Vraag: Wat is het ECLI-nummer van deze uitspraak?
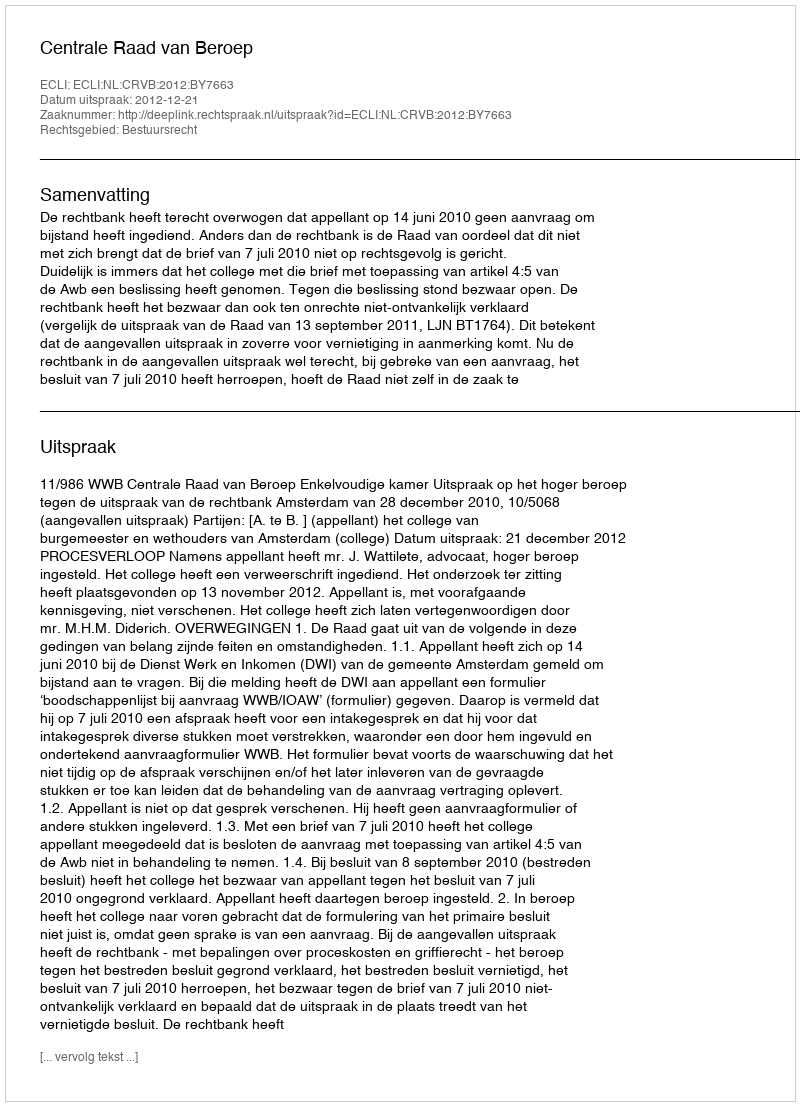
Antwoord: ECLI:NL:CRVB:2012:BY7663